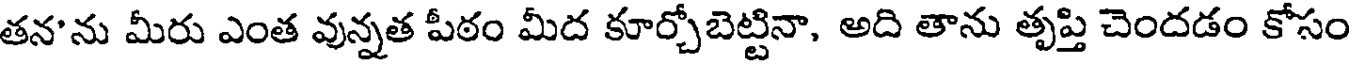
తన'ను మీరు ఎంత వున్నత పీఠం మీద కూర్చోబెట్టినా, అది తాను తృప్తి చెందడం కోసం